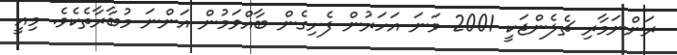
ރަންނަމާރި ޗެލެންޖަކީ 2001 ވަނަ އަހަރުން ފެށިގެން ބާއްވަމުން އަންނަ މުބާރާތެކެވެ. މިއީ